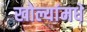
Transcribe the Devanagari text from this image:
खोल्यांमधे